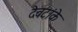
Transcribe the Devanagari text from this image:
देवटांके